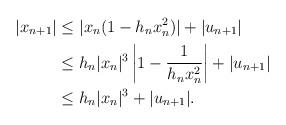
LaTeX: \begin{align*}|x_{n+1}|&\le |x_n(1-h_nx_n^2)|+|u_{n+1}|\\&\le h_n|x_n|^3 \left |1-\frac 1{h_nx_n^2}\right|+|u_{n+1}|\\&\le h_n|x_n|^3 +|u_{n+1}|.\end{align*}